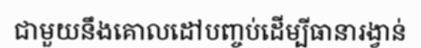
ជាមួយនឹងគោលដៅបញ្ចប់ដើម្បីធានារង្វាន់